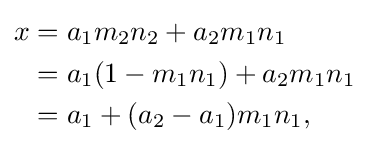
{\begin{aligned}x&=a_{1}m_{2}n_{2}+a_{2}m_{1}n_{1}\\&=a_{1}(1-m_{1}n_{1})+a_{2}m_{1}n_{1}\\&=a_{1}+(a_{2}-a_{1})m_{1}n_{1},\end{aligned}}